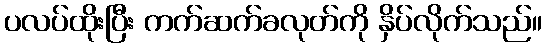
ပလပ်ထိုးပြီး ကက်ဆက်ခလုတ်ကို နှိပ်လိုက်သည်။